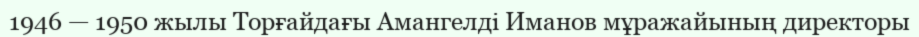
1946 — 1950 жылы Торғайдағы Амангелді Иманов мұражайының директоры